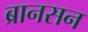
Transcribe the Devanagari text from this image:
ब्रानसन